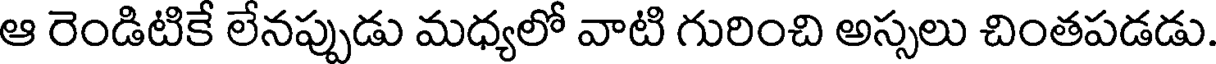
ఆ రెండిటికే లేనప్పుడు మధ్యలో వాటి గురించి అస్సలు చింతపడడు.